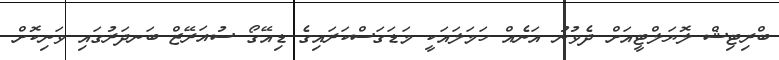
ބްރިޓިޝް ލޮޔަލްޓީއަށް ދެވުނު އަނެއް ހަމަލައަކީ މަޑަގަސްކަރައިގެ ޑިއޭގޯ ސުއަރޭޒް ބަނދަރުގައި ވަނިކޮށް